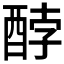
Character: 𮠫